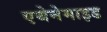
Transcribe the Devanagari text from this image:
एथेनेमाइड